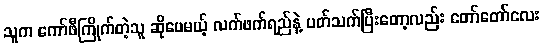
သူက ကော်ဖီကြိုက်တဲ့သူ ဆိုပေမယ့် လက်ဖက်ရည်နဲ့ ပတ်သက်ပြီးတော့လည်း တော်တော်လေး